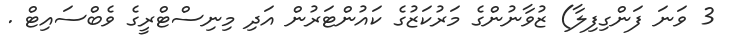
3 ވަނަ ފަންގިފިލާ) ޒުވާނުންގެ މަރުކަޒުގެ ކައުންޓަރުން އަދި މިނިސްޓްރީގެ ވެބްސައިޓް .